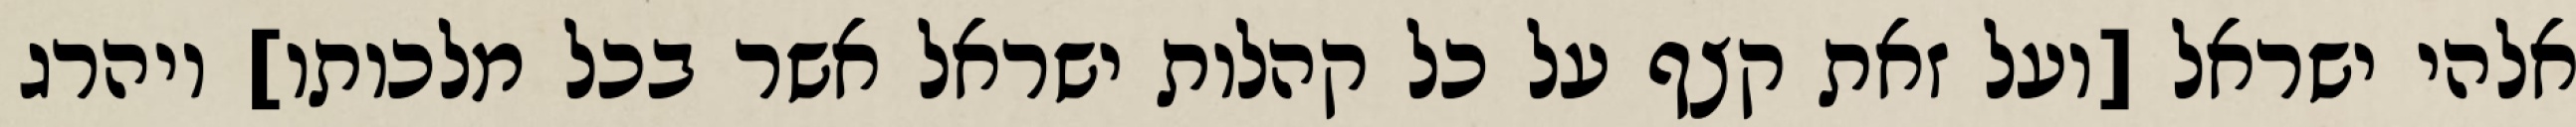
אלהי ישראל [ועל זאת קצף על כל קהלות ישראל אשר בכל מלכותו] ויהרג